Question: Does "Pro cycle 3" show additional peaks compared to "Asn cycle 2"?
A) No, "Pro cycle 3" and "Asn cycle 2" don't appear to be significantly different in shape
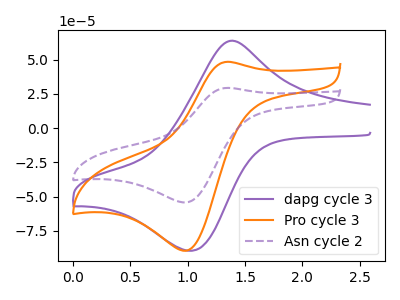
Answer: <think>The purple curve "dapg cycle 3" has an anodic peak at (1.35V, 63.35uA) and a cathodic peak at (1.05V, -89.60uA). The orange curve "Pro cycle 3" has an anodic peak at (1.35V, 48.40uA) and a cathodic peak at (1.00V, -89.55uA). The purple dashed curve "Asn cycle 2" has an anodic peak at (1.35V, 29.35uA) and a cathodic peak at (1.00V, -54.30uA).
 All the peaks in "Pro cycle 3" have a peak in "Asn cycle 2" at the same potential. Every peak in "Pro cycle 3" is higher than every peak in "Asn cycle 2".</think>
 <answer>A) No, "Pro cycle 3" and "Asn cycle 2" don't appear to be significantly different in shape</answer>
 <eval>A</eval>